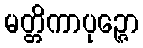
မတ္တိကာပုဉ္ဇော